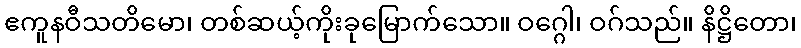
ဧကူနဝီသတိမော၊ တစ်ဆယ့်ကိုးခုမြောက်သော။ ဝဂ္ဂေါ၊ ဝဂ်သည်။ နိဋ္ဌိတော၊